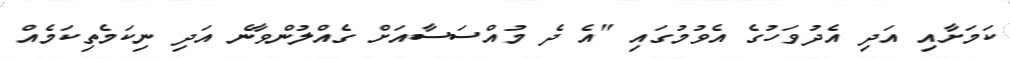
ކަމަށާއި އަދި އެދުވަހުގެ އެވުމުގައި "އެ ދެ މުއްސަސާއަށް ގެއްލުންވާނެ އަދި ނިކަމެތިކަމެއް